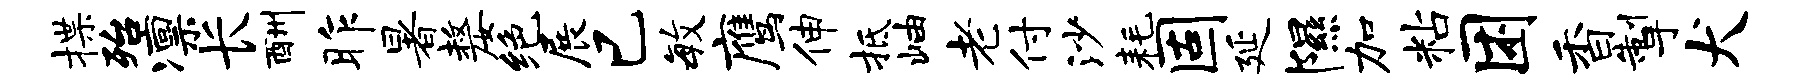
揲殆凛长酬昨暑嫠绝展已毓鹰伸抵岫老付沙耗固延隰加粘困香掣犬